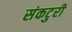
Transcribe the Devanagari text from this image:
संकटुरी